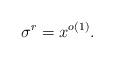
LaTeX: \begin{align*}\sigma^r = x^{o(1)}.\end{align*}